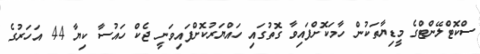
ސްކޮޓްލޭންޓްގެ މީޑިޔާތަކުން ހާމަކޮށްފައިވާ ގޮތުގައި ހައްޔަރުކޮށްފައިވަނީ ޖެކް ހައުސާ ކިޔާ 44 އަހަރުގެ